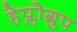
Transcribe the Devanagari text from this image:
हेप्लोग्रुप